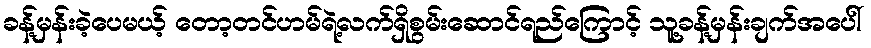
ခန့်မှန်းခဲ့ပေမယ့် တော့တင်ဟမ်ရဲ့လက်ရှိစွမ်းဆောင်ရည်ကြောင့် သူ့ခန့်မှန်းချက်အပေါ်